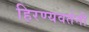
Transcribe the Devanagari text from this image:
हिरण्यवर्तनी